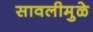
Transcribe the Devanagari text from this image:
सावलीमुळे